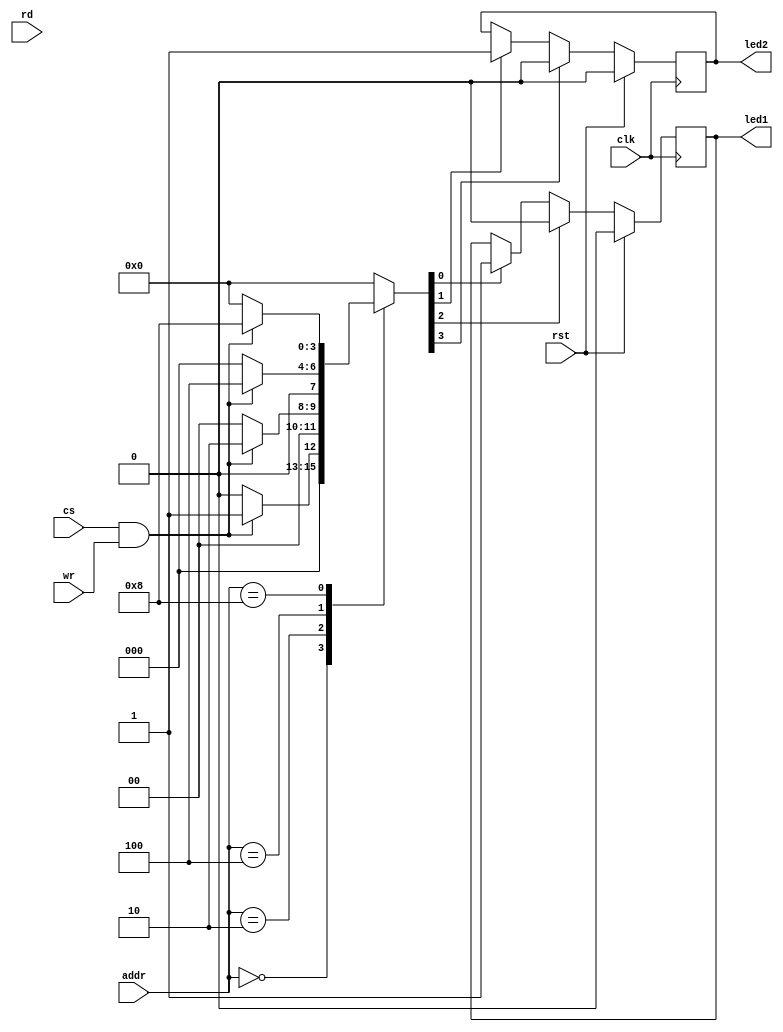
module indLED(clk, rst, addr, cs, rd, wr, led1, led2);

	input clk;
	input rst;
	input [3:0]addr;
	input cs;
	input rd;
	input wr;
	
	output reg led1;
	output reg led2;
	
	reg [3:0]sel_mux;
	
	always @(*) begin
		case(addr)
			4'h0: sel_mux = (cs & wr) ? 4'h1 : 0; // On 1
			4'h2: sel_mux = (cs & wr) ? 4'h2 : 0; // On 2
			4'h4: sel_mux = (cs & wr) ? 4'h4 : 0; // Off 1
			4'h8: sel_mux = (cs & wr) ? 4'h8 : 0; // Off 2
			default: sel_mux = 0;
		endcase
	end
	
	always @(negedge clk) begin
		led1 = sel_mux[0] ? 1 : led1;
		led2 = sel_mux[1] ? 1 :	led2;
		led1 = sel_mux[2] ? 0 : led1;
		led2 = sel_mux[3] ? 0 : led2;
		
		if(rst) begin
			led1 = 0;
			led2 = 0;
		end
	end
	
endmodule